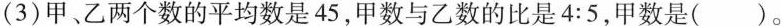
(3)甲、乙两个数的平均数是45，甲数与乙数的比是4:5，甲数是( )。